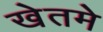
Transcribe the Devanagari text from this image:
खेतमे